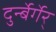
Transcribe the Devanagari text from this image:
दुर्न्बेर्गेर्